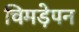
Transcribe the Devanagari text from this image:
चिमड़ेपन